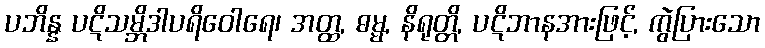
ပဘိန္န ပဋိသမ္ဘိဒါပရိဝေါရေ၊ အတ္ထ, ဓမ္မ, နိရုတ္တိ, ပဋိဘာနအားဖြင့်, ကွဲပြားသော